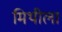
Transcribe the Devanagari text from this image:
मिथीला